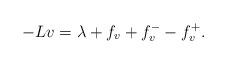
LaTeX: \begin{align*}-Lv=\lambda+f_{v}+f_{v}^{-}-f_v^{+}.\end{align*}